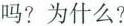
吗?为什么?